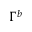
\Gamma ^ { b }